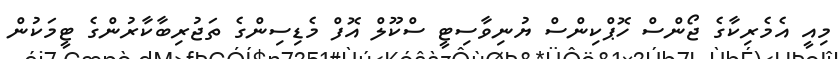
މިއީ އެމެރިކާގެ ޖޯންސް ހޮޕްކިންސް ޔުނިވާސިޓީ ސްކޫލް އޮފް މެޑިސިންގެ ތަޖުރިބާކާރުންގެ ޓީމަކުން